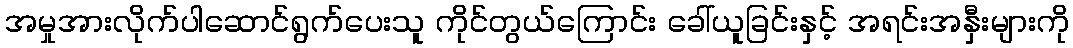
အမှုအားလိုက်ပါဆောင်ရွက်ပေးသူ ကိုင်တွယ်ကြောင်း ခေါ်ယူခြင်းနှင့် အရင်းအနှီးများကို